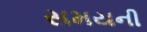
સમયની